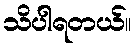
သိပါရတယ်။